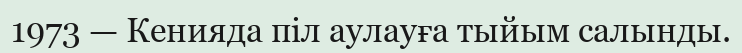
1973 — Кенияда піл аулауға тыйым салынды.